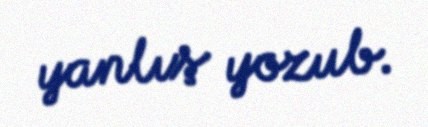
yanlış yozub.